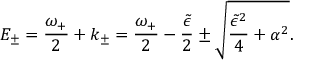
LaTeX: E _ { \pm } = { \frac { \omega _ { + } } { 2 } } + k _ { \pm } = { \frac { \omega _ { + } } { 2 } } - { \frac { \tilde { \epsilon } } { 2 } } \pm \sqrt { { \frac { \tilde { \epsilon } ^ { 2 } } { 4 } } + \alpha ^ { 2 } } .